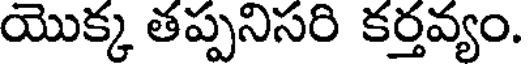
యొక్క తప్పనిసరి కర్తవ్యం.